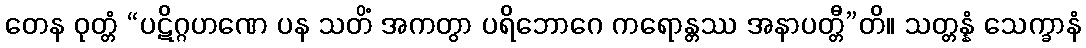
တေန ဝုတ္တံ “ပဋိဂ္ဂဟဏေ ပန သတိံ အကတွာ ပရိဘောဂေ ကရောန္တဿ အနာပတ္တီ”တိ။ သတ္တန္နံ သေက္ခာနံ